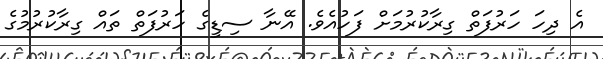
އެ ދިހަ ހަރުފަތް ގިރާކުރުމަށް ފަހުއެވެ. އޭނާ ސިޑީގެ ހަރުފަތް ތައް ގިރާކުރުމުގެ